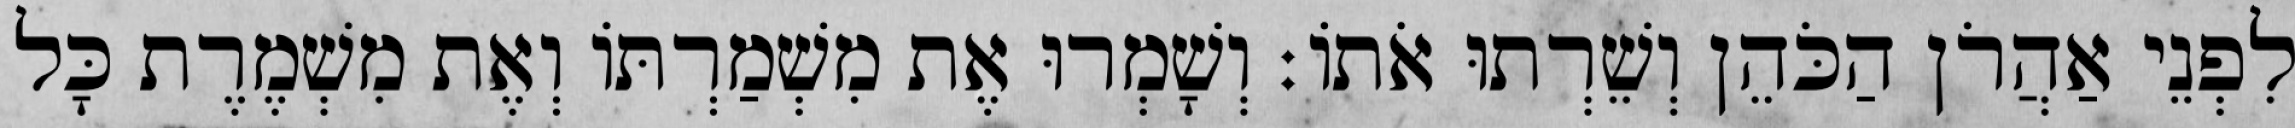
לִפְנֵי אַהֲרֹן הַכֹּהֵן וְשֵׁרְתוּ אֹתוֹ׃ וְשָׁמְרוּ אֶת מִשְׁמַרְתּוֹ וְאֶת מִשְׁמֶרֶת כָּל